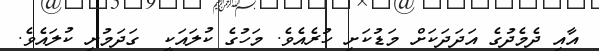
އާއި ދެމެދުގެ އަދަދަކަށް މަޑުކަށި ހުރެއެވެ. މަހުގެ ކުލައަކީ  ގަދަމުށި ކުލައެވެ.